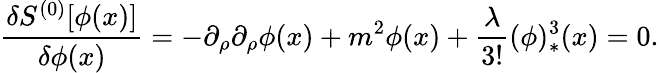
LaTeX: {\frac{\delta S^{(0)}[\phi(x)]}{\delta\phi(x)}}=-\partial_{\rho}\partial_{\rho}\phi(x)+m^{2}\phi(x)+{\frac{\lambda}{3!}}(\phi)_{*}^{3}(x)=0.